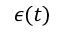
\epsilon ( t )